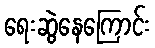
ရေးဆွဲနေကြောင်း